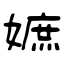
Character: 嫬